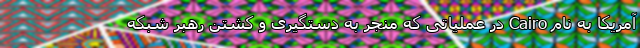
آمریکا به نام Cairo در عملیاتی که منجر به دستگیری و کشتن رهبر شبکه